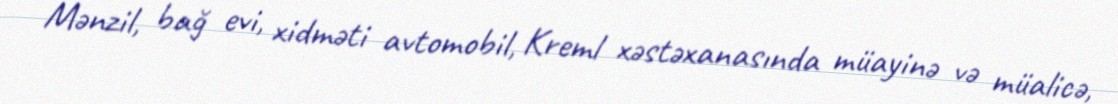
Mənzil, bağ evi, xidməti avtomobil, Kreml xəstəxanasında müayinə və müalicə,